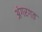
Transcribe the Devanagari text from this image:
अंगरगत